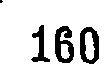
160